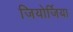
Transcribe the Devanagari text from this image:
जियोर्जिया